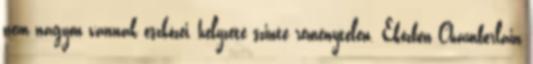
nem nagyon vannak eszközei, helyzete szinte reménytelen. Eközben Chamberlain